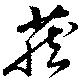
蔵